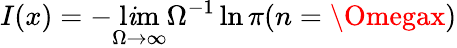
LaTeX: I(x)=-\operatorname*{l\mathit{i}m}_{\Omega\to\infty}\Omega^{-1}\ln\pi(n=\Omegax)